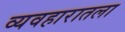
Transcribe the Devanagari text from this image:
व्यवहारातला